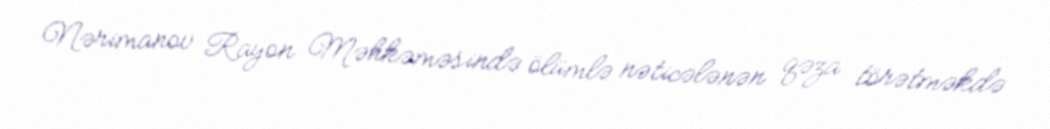
Nərimanov Rayon Məhkəməsində ölümlə nəticələnən qəza törətməkdə